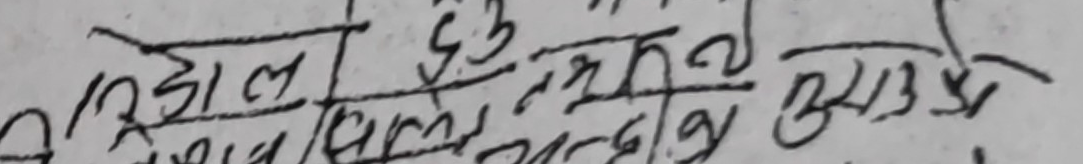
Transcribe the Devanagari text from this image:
रिडाल हुँ तर यही भने तुम्हरो